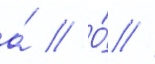
а́ // О́ //